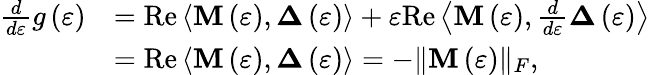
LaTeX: \begin{array}{rl}{\frac{d}{d\varepsilon}g\left(\varepsilon\right)}&{=\mathrm{Re}\left\langle\mathbf{M}\left(\varepsilon\right),\mathbf{\Delta}\left(\varepsilon\right)\right\rangle+\varepsilon\mathrm{Re}\left\langle\mathbf{M}\left(\varepsilon\right),\frac{d}{d\varepsilon}\mathbf{\Delta}\left(\varepsilon\right)\right\rangle}\\ &{=\mathrm{Re}\left\langle\mathbf{M}\left(\varepsilon\right),\mathbf{\Delta}\left(\varepsilon\right)\right\rangle=-\| \mathbf{M}\left(\varepsilon\right)\| _{F},}\end{array}